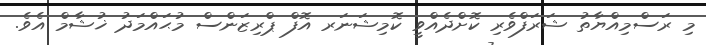
މި ރަސްމިއްޔާތު ޝަރަފްވެރި ކޮށްދެއްވީ ކޮމިޝަނަރ އޮފް ޕްރިޒަންސް މުޙައްމަދު ޚުޝާމް އެވެ.